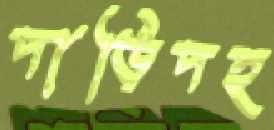
দাড়িদহ